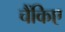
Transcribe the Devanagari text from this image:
चैंकिए